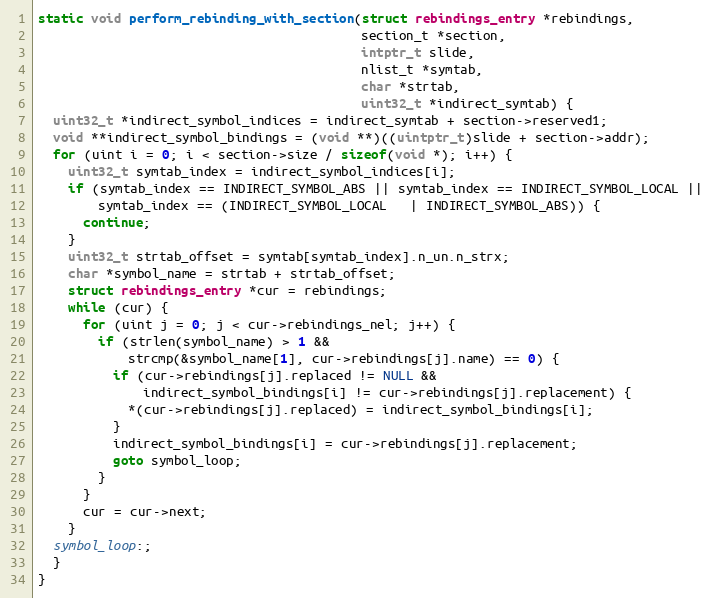
Language: C
static void perform_rebinding_with_section(struct rebindings_entry *rebindings,
                                           section_t *section,
                                           intptr_t slide,
                                           nlist_t *symtab,
                                           char *strtab,
                                           uint32_t *indirect_symtab) {
  uint32_t *indirect_symbol_indices = indirect_symtab + section->reserved1;
  void **indirect_symbol_bindings = (void **)((uintptr_t)slide + section->addr);
  for (uint i = 0; i < section->size / sizeof(void *); i++) {
    uint32_t symtab_index = indirect_symbol_indices[i];
    if (symtab_index == INDIRECT_SYMBOL_ABS || symtab_index == INDIRECT_SYMBOL_LOCAL ||
        symtab_index == (INDIRECT_SYMBOL_LOCAL   | INDIRECT_SYMBOL_ABS)) {
      continue;
    }
    uint32_t strtab_offset = symtab[symtab_index].n_un.n_strx;
    char *symbol_name = strtab + strtab_offset;
    struct rebindings_entry *cur = rebindings;
    while (cur) {
      for (uint j = 0; j < cur->rebindings_nel; j++) {
        if (strlen(symbol_name) > 1 &&
            strcmp(&symbol_name[1], cur->rebindings[j].name) == 0) {
          if (cur->rebindings[j].replaced != NULL &&
              indirect_symbol_bindings[i] != cur->rebindings[j].replacement) {
            *(cur->rebindings[j].replaced) = indirect_symbol_bindings[i];
          }
          indirect_symbol_bindings[i] = cur->rebindings[j].replacement;
          goto symbol_loop;
        }
      }
      cur = cur->next;
    }
  symbol_loop:;
  }
}